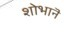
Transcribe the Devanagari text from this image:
शोभानॆ